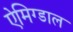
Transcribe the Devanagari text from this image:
ऐमिग्डाल